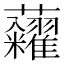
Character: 𧆀